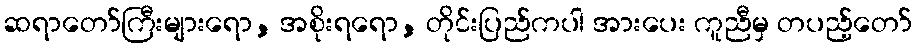
ဆရာတော်ကြီးများရော, အစိုးရရော, တိုင်းပြည်ကပါ အားပေး ကူညီမှ တပည့်တော်